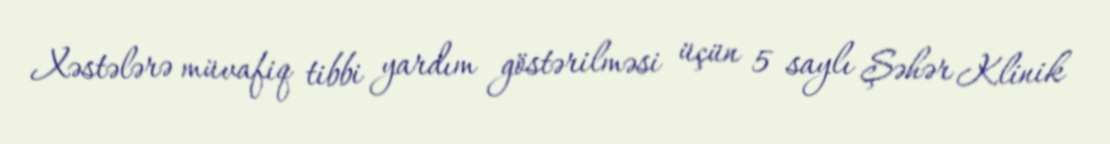
Xəstələrə müvafiq tibbi yardım göstərilməsi üçün 5 saylı Şəhər Klinik